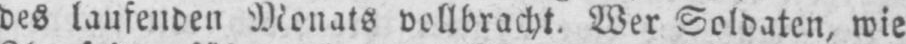
des laufenden Monats vollbracht. Wer Soldaten, wie